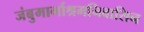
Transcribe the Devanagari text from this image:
जंबुमार्गाश्रमनिवासिन